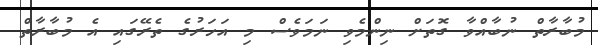
މުބާރާތް ނުބާއްވާ ގޮތަށް ނިންމެވި ނަމަވެސް މި އަހަރުގެ ތެރޭގައި އެ މުބާރާތް